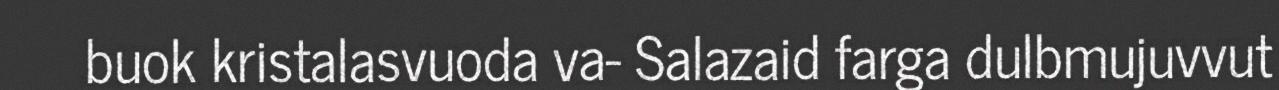
buok kristalasvuoda va- Salazaid farga dulbmujuvvut